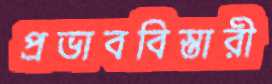
প্রভাববিস্তারী